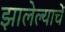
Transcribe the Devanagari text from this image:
झालेल्याचें